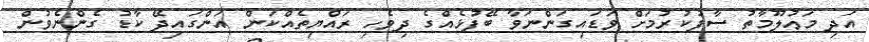
އަދި މަޢުލޫމާތު ސާފުކުރުމަށް ވަޑައިގަންނަވާ ބޭފުޅެއްގެ ދިވެހި ރައްޔިތެއްކަން އަންގައިދޭ ކާޑު ގެންނެވުން